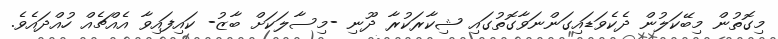
މިގޮތުން މިބޭކަލުން ދެކެވަޑައިގަންނަވާގޮތުގައި ޝިކާރަކުރާ ދޫނި -މިސާލަކަށް ބާޒު- ކައިފައިވާ އެއްޗެއް ހުއްދައެވެ.